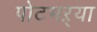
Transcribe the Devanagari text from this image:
पोटभऱ्या